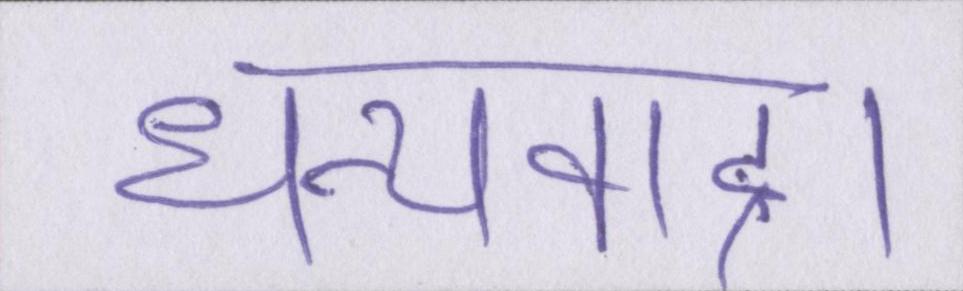
धन्यवाद।